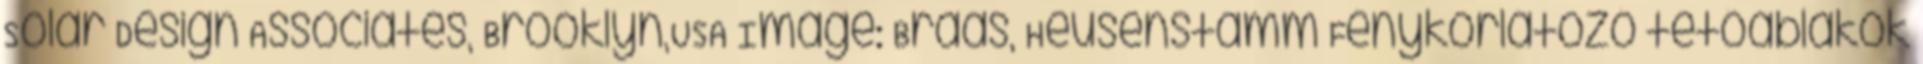
Solar Design Associates, Brooklyn,USA Image: Braas, Heusenstamm Fénykorlátozó tetőablakok